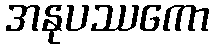
အနုပဿကော